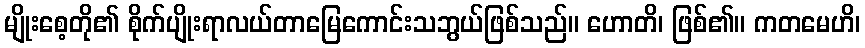
မျိုးစေ့တို၏ စိုက်ပျိုးရာလယ်တာမြေကောင်းသဘွယ်ဖြစ်သည်။ ဟောတိ၊ ဖြစ်၏။ ကတမေဟိ၊